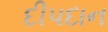
દીપદાન